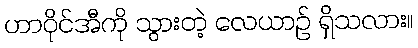
ဟာဝိုင်အီကို သွားတဲ့ လေယာဉ် ရှိသလား။